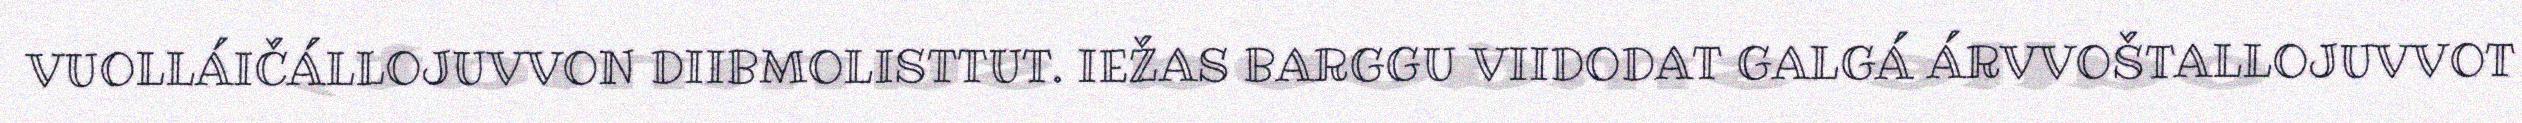
VUOLLÁIČÁLLOJUVVON DIIBMOLISTTUT. IEŽAS BARGGU VIIDODAT GALGÁ ÁRVVOŠTALLOJUVVOT